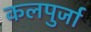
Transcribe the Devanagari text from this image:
कलपुर्जा